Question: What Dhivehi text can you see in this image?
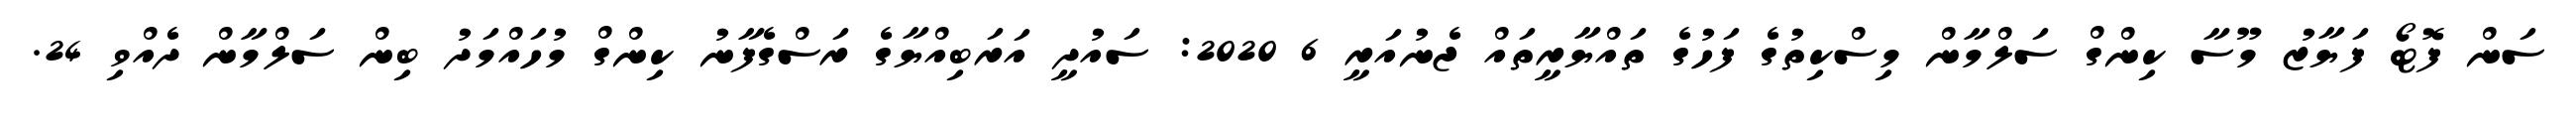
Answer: ސަން ފޮޓޯ ފަޔާޒު މޫސާ ކިންގް ސަލްމާން މިސްކިތުގެ ފަހުގެ ތައްޔާރީތައް ޖެނުއަރީ 6 2020: ސައުދީ އަރަބިއްޔާގެ ރަސްގެފާނު ކިންގް މުހައްމަދު ބިން ސަލްމާން ދެއްވި 24.